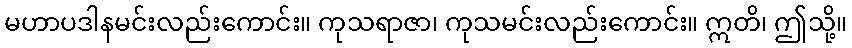
မဟာပဒါနမင်းလည်းကောင်း။ ကုသရာဇာ၊ ကုသမင်းလည်းကောင်း။ ဣတိ၊ ဤသို့။